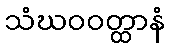
သံဃဝဝတ္ထာနံ